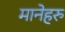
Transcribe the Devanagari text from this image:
मानेहरु